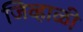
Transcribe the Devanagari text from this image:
जिव्हाळी